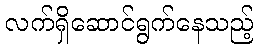
လက်ရှိဆောင်ရွက်နေသည့်